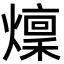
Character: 燣